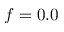
f = 0 . 0